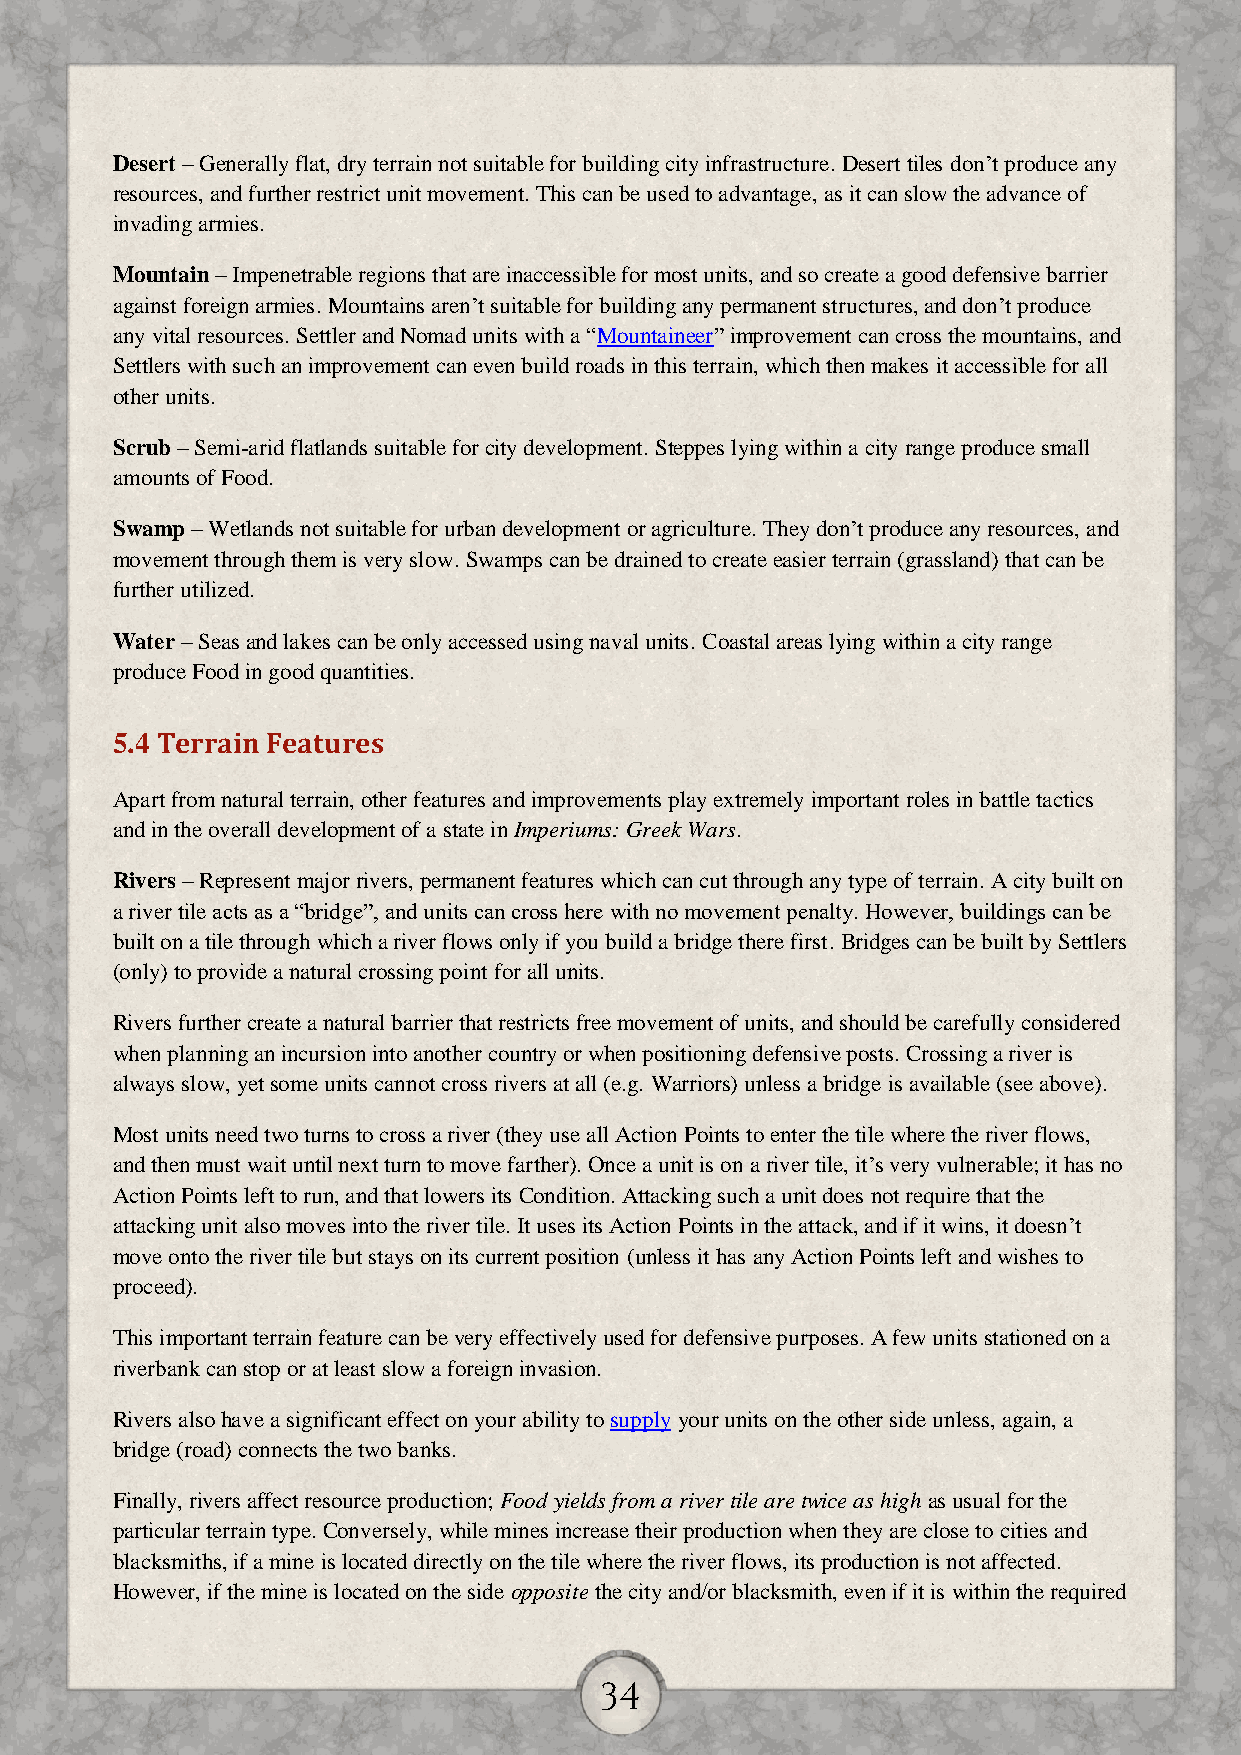
Desert – Generally flat, dry terrain not suitable for building city infrastructure. Desert tiles don’t produce any
 resources, and further restrict unit movement. This can be used to advantage, as it can slow the advance of
 invading armies.
 Mountain – Impenetrable regions that are inaccessible for most units, and so create a good defensive barrier
 against foreign armies. Mountains aren’t suitable for building any permanent structures, and don’t produce
 any vital resources. Settler and Nomad units with a “Mountaineer” improvement can cross the mountains, and
 Settlers with such an improvement can even build roads in this terrain, which then makes it accessible for all
 other units.
 Scrub – Semi-arid flatlands suitable for city development. Steppes lying within a city range produce small
 amounts of Food.
 Swamp – Wetlands not suitable for urban development or agriculture. They don’t produce any resources, and
 movement through them is very slow. Swamps can be drained to create easier terrain (grassland) that can be
 further utilized.
 Water – Seas and lakes can be only accessed using naval units. Coastal areas lying within a city range
 produce Food in good quantities.
 5.4 Terrain Features
 Apart from natural terrain, other features and improvements play extremely important roles in battle tactics
 and in the overall development of a state in Imperiums: Greek Wars.
 Rivers – Represent major rivers, permanent features which can cut through any type of terrain. A city built on
 a river tile acts as a “bridge”, and units can cross here with no movement penalty. However, buildings can be
 built on a tile through which a river flows only if you build a bridge there first. Bridges can be built by Settlers
 (only) to provide a natural crossing point for all units.
 Rivers further create a natural barrier that restricts free movement of units, and should be carefully considered
 when planning an incursion into another country or when positioning defensive posts. Crossing a river is
 always slow, yet some units cannot cross rivers at all (e.g. Warriors) unless a bridge is available (see above).
 Most units need two turns to cross a river (they use all Action Points to enter the tile where the river flows,
 and then must wait until next turn to move farther). Once a unit is on a river tile, it’s very vulnerable; it has no
 Action Points left to run, and that lowers its Condition. Attacking such a unit does not require that the
 attacking unit also moves into the river tile. It uses its Action Points in the attack, and if it wins, it doesn’t
 move onto the river tile but stays on its current position (unless it has any Action Points left and wishes to
 proceed).
 This important terrain feature can be very effectively used for defensive purposes. A few units stationed on a
 riverbank can stop or at least slow a foreign invasion.
 Rivers also have a significant effect on your ability to supply your units on the other side unless, again, a
 bridge (road) connects the two banks.
 Finally, rivers affect resource production; Food yields from a river tile are twice as high as usual for the
 particular terrain type. Conversely, while mines increase their production when they are close to cities and
 blacksmiths, if a mine is located directly on the tile where the river flows, its production is not affected.
 However, if the mine is located on the side opposite the city and/or blacksmith, even if it is within the required
 34